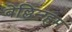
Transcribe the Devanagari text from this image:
बेल्लिन्ग्हम